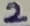
Text: 2